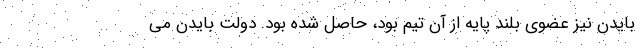
بایدن نیز عضوی بلند پایه از آن تیم بود، حاصل شده بود. دولت بایدن می